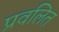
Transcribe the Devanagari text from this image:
प्रवलित